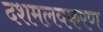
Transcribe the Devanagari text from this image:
दशमलवकरण